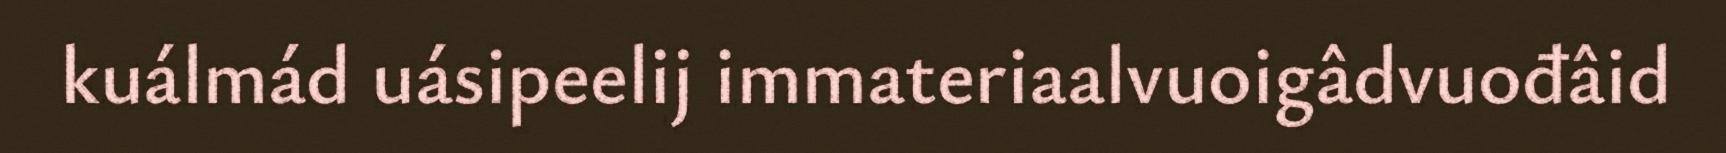
kuálmád uásipeelij immateriaalvuoigâdvuođâid